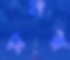
মনর